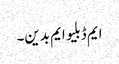
ایم ڈبلیو ایم بدین۔